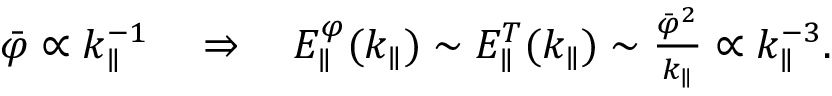
\begin{array} { r } { \bar { \varphi } \propto k _ { \parallel } ^ { - 1 } \quad \Rightarrow \quad E _ { \parallel } ^ { \varphi } ( k _ { \parallel } ) \sim E _ { \parallel } ^ { T } ( k _ { \parallel } ) \sim \frac { \bar { \varphi } ^ { 2 } } { k _ { \parallel } } \propto k _ { \parallel } ^ { - 3 } . } \end{array}